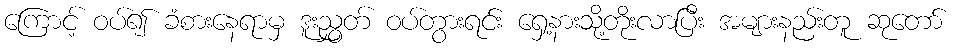
ကြောင့် ဝပ်၍ ခံစားနေရာမှ ဒူးညွှတ် ဝပ်တွားရင်း ရှေ့နားသို့တိုးလာပြီး အများနည်းတူ ဆုတော်